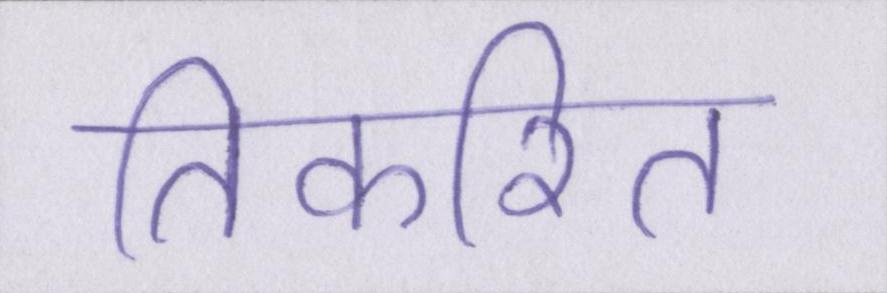
तिकरित